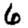
Digit: 6